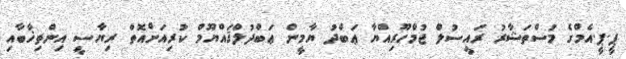
ޕީ.ޕީ.އެމްގެ މުސްތަޝާރު ރައީސުލް ޖުމްހޫރިއްޔާ ޢަބްދު ޔާމީން ޢަބްދުލްޤައްޔޫމް ކުރިއަށްއޮތް ރިޔާސީ އިންތިޚާބާއި